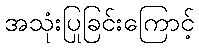
အသုံးပြုခြင်းကြောင့်